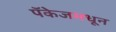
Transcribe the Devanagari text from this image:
पॅकेजमधून